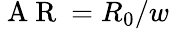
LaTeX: \mathrm{~A~R~}=R_{0}/w